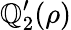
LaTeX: \mathbb{Q}_{2}^{\prime}(\rho)